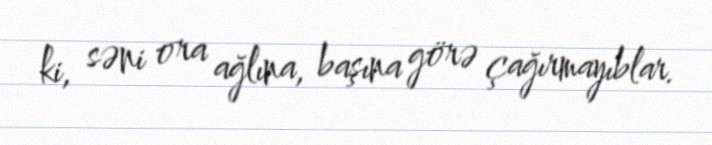
ki, səni ora ağlına, başına görə çağırmayıblar.